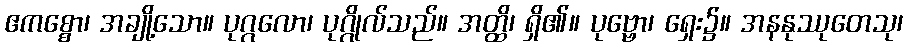
ဧကစ္စော၊ အချို့သော။ ပုဂ္ဂလော၊ ပုဂ္ဂိုလ်သည်။ အတ္ထိ၊ ရှိ၏။ ပုဗ္ဗော၊ ရှေး၌။ အနနုဿုတေသု၊